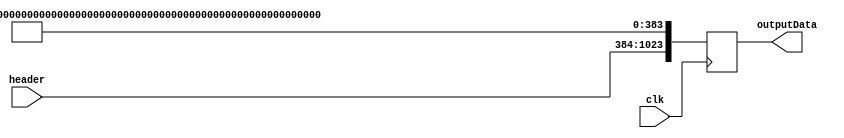
`timescale 1ns / 1ps
//////////////////////////////////////////////////////////////////////////////////
// Company: 
// Engineer: 
// 
// Design Name: 
// Module Name: hashComp
// Project Name: 
// Target Devices: 
// Tool Versions: 
// Description: 
// 
// Dependencies: 
// 
// Revision:
// Revision 0.01 - File Created
// Additional Comments:
// 
//////////////////////////////////////////////////////////////////////////////////


module messagePrepare(
    input clk,
    input [639:0] header,
    output [1023:0] outputData
    );
    integer i;
    reg[2**10-1:0] padding;
    assign outputData = padding;
    always@(posedge clk) begin
       
        padding[1023:384] <= header;
        padding[382:10]<=0; //Padding
        padding[383]<=1; //separator
        //Message Length
        padding[7] <=1;
        padding[8] <=0;
        padding[6:0]<=0; //Padding
        padding[9]<=1;
    end
endmodule